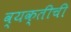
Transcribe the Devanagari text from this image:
व्‍यक्‍तीची